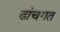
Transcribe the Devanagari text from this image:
ढांचगत